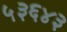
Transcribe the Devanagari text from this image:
५३६४३